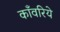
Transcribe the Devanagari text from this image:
काँवरिये